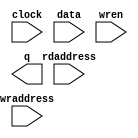
// megafunction wizard: %RAM: 2-PORT%VBB%
// GENERATION: STANDARD
// VERSION: WM1.0
// MODULE: altsyncram 

// ============================================================
// Megafunction Name(s):
// 			altsyncram
//
// Simulation Library Files(s):
// 			altera_mf
// ============================================================
// ************************************************************
// THIS IS A WIZARD-GENERATED FILE. DO NOT EDIT THIS FILE!
//
// 18.0.0 Build 614 04/24/2018 SJ Lite Edition
// ************************************************************

//Copyright (C) 2018  Intel Corporation. All rights reserved.
//Your use of Intel Corporation's design tools, logic functions 
//and other software and tools, and its AMPP partner logic 
//functions, and any output files from any of the foregoing 
//(including device programming or simulation files), and any 
//associated documentation or information are expressly subject 
//to the terms and conditions of the Intel Program License 
//Subscription Agreement, the Intel Quartus Prime License Agreement,
//the Intel FPGA IP License Agreement, or other applicable license
//agreement, including, without limitation, that your use is for
//the sole purpose of programming logic devices manufactured by
//Intel and sold by Intel or its authorized distributors.  Please
//refer to the applicable agreement for further details.

module ip_buffer (
	clock,
	data,
	rdaddress,
	wraddress,
	wren,
	q);

	input	  clock;
	input	[7:0]  data;
	input	[10:0]  rdaddress;
	input	[10:0]  wraddress;
	input	  wren;
	output	[7:0]  q;
`ifndef ALTERA_RESERVED_QIS
// synopsys translate_off
`endif
	tri1	  clock;
	tri0	  wren;
`ifndef ALTERA_RESERVED_QIS
// synopsys translate_on
`endif

endmodule

// ============================================================
// CNX file retrieval info
// ============================================================
// Retrieval info: PRIVATE: ADDRESSSTALL_A NUMERIC "0"
// Retrieval info: PRIVATE: ADDRESSSTALL_B NUMERIC "0"
// Retrieval info: PRIVATE: BYTEENA_ACLR_A NUMERIC "0"
// Retrieval info: PRIVATE: BYTEENA_ACLR_B NUMERIC "0"
// Retrieval info: PRIVATE: BYTE_ENABLE_A NUMERIC "0"
// Retrieval info: PRIVATE: BYTE_ENABLE_B NUMERIC "0"
// Retrieval info: PRIVATE: BYTE_SIZE NUMERIC "8"
// Retrieval info: PRIVATE: BlankMemory NUMERIC "0"
// Retrieval info: PRIVATE: CLOCK_ENABLE_INPUT_A NUMERIC "0"
// Retrieval info: PRIVATE: CLOCK_ENABLE_INPUT_B NUMERIC "0"
// Retrieval info: PRIVATE: CLOCK_ENABLE_OUTPUT_A NUMERIC "0"
// Retrieval info: PRIVATE: CLOCK_ENABLE_OUTPUT_B NUMERIC "0"
// Retrieval info: PRIVATE: CLRdata NUMERIC "0"
// Retrieval info: PRIVATE: CLRq NUMERIC "0"
// Retrieval info: PRIVATE: CLRrdaddress NUMERIC "0"
// Retrieval info: PRIVATE: CLRrren NUMERIC "0"
// Retrieval info: PRIVATE: CLRwraddress NUMERIC "0"
// Retrieval info: PRIVATE: CLRwren NUMERIC "0"
// Retrieval info: PRIVATE: Clock NUMERIC "0"
// Retrieval info: PRIVATE: Clock_A NUMERIC "0"
// Retrieval info: PRIVATE: Clock_B NUMERIC "0"
// Retrieval info: PRIVATE: IMPLEMENT_IN_LES NUMERIC "0"
// Retrieval info: PRIVATE: INDATA_ACLR_B NUMERIC "0"
// Retrieval info: PRIVATE: INDATA_REG_B NUMERIC "0"
// Retrieval info: PRIVATE: INIT_FILE_LAYOUT STRING "PORT_B"
// Retrieval info: PRIVATE: INIT_TO_SIM_X NUMERIC "0"
// Retrieval info: PRIVATE: INTENDED_DEVICE_FAMILY STRING "Cyclone IV E"
// Retrieval info: PRIVATE: JTAG_ENABLED NUMERIC "0"
// Retrieval info: PRIVATE: JTAG_ID STRING "NONE"
// Retrieval info: PRIVATE: MAXIMUM_DEPTH NUMERIC "0"
// Retrieval info: PRIVATE: MEMSIZE NUMERIC "16384"
// Retrieval info: PRIVATE: MEM_IN_BITS NUMERIC "0"
// Retrieval info: PRIVATE: MIFfilename STRING "../ip_packet.hex"
// Retrieval info: PRIVATE: OPERATION_MODE NUMERIC "2"
// Retrieval info: PRIVATE: OUTDATA_ACLR_B NUMERIC "0"
// Retrieval info: PRIVATE: OUTDATA_REG_B NUMERIC "0"
// Retrieval info: PRIVATE: RAM_BLOCK_TYPE NUMERIC "0"
// Retrieval info: PRIVATE: READ_DURING_WRITE_MODE_MIXED_PORTS NUMERIC "2"
// Retrieval info: PRIVATE: READ_DURING_WRITE_MODE_PORT_A NUMERIC "3"
// Retrieval info: PRIVATE: READ_DURING_WRITE_MODE_PORT_B NUMERIC "3"
// Retrieval info: PRIVATE: REGdata NUMERIC "1"
// Retrieval info: PRIVATE: REGq NUMERIC "1"
// Retrieval info: PRIVATE: REGrdaddress NUMERIC "1"
// Retrieval info: PRIVATE: REGrren NUMERIC "1"
// Retrieval info: PRIVATE: REGwraddress NUMERIC "1"
// Retrieval info: PRIVATE: REGwren NUMERIC "1"
// Retrieval info: PRIVATE: SYNTH_WRAPPER_GEN_POSTFIX STRING "0"
// Retrieval info: PRIVATE: USE_DIFF_CLKEN NUMERIC "0"
// Retrieval info: PRIVATE: UseDPRAM NUMERIC "1"
// Retrieval info: PRIVATE: VarWidth NUMERIC "0"
// Retrieval info: PRIVATE: WIDTH_READ_A NUMERIC "8"
// Retrieval info: PRIVATE: WIDTH_READ_B NUMERIC "8"
// Retrieval info: PRIVATE: WIDTH_WRITE_A NUMERIC "8"
// Retrieval info: PRIVATE: WIDTH_WRITE_B NUMERIC "8"
// Retrieval info: PRIVATE: WRADDR_ACLR_B NUMERIC "0"
// Retrieval info: PRIVATE: WRADDR_REG_B NUMERIC "0"
// Retrieval info: PRIVATE: WRCTRL_ACLR_B NUMERIC "0"
// Retrieval info: PRIVATE: enable NUMERIC "0"
// Retrieval info: PRIVATE: rden NUMERIC "0"
// Retrieval info: LIBRARY: altera_mf altera_mf.altera_mf_components.all
// Retrieval info: CONSTANT: ADDRESS_ACLR_B STRING "NONE"
// Retrieval info: CONSTANT: ADDRESS_REG_B STRING "CLOCK0"
// Retrieval info: CONSTANT: CLOCK_ENABLE_INPUT_A STRING "BYPASS"
// Retrieval info: CONSTANT: CLOCK_ENABLE_INPUT_B STRING "BYPASS"
// Retrieval info: CONSTANT: CLOCK_ENABLE_OUTPUT_B STRING "BYPASS"
// Retrieval info: CONSTANT: INIT_FILE STRING "../ip_packet.hex"
// Retrieval info: CONSTANT: INTENDED_DEVICE_FAMILY STRING "Cyclone IV E"
// Retrieval info: CONSTANT: LPM_TYPE STRING "altsyncram"
// Retrieval info: CONSTANT: NUMWORDS_A NUMERIC "2048"
// Retrieval info: CONSTANT: NUMWORDS_B NUMERIC "2048"
// Retrieval info: CONSTANT: OPERATION_MODE STRING "DUAL_PORT"
// Retrieval info: CONSTANT: OUTDATA_ACLR_B STRING "NONE"
// Retrieval info: CONSTANT: OUTDATA_REG_B STRING "UNREGISTERED"
// Retrieval info: CONSTANT: POWER_UP_UNINITIALIZED STRING "FALSE"
// Retrieval info: CONSTANT: READ_DURING_WRITE_MODE_MIXED_PORTS STRING "DONT_CARE"
// Retrieval info: CONSTANT: WIDTHAD_A NUMERIC "11"
// Retrieval info: CONSTANT: WIDTHAD_B NUMERIC "11"
// Retrieval info: CONSTANT: WIDTH_A NUMERIC "8"
// Retrieval info: CONSTANT: WIDTH_B NUMERIC "8"
// Retrieval info: CONSTANT: WIDTH_BYTEENA_A NUMERIC "1"
// Retrieval info: USED_PORT: clock 0 0 0 0 INPUT VCC "clock"
// Retrieval info: USED_PORT: data 0 0 8 0 INPUT NODEFVAL "data[7..0]"
// Retrieval info: USED_PORT: q 0 0 8 0 OUTPUT NODEFVAL "q[7..0]"
// Retrieval info: USED_PORT: rdaddress 0 0 11 0 INPUT NODEFVAL "rdaddress[10..0]"
// Retrieval info: USED_PORT: wraddress 0 0 11 0 INPUT NODEFVAL "wraddress[10..0]"
// Retrieval info: USED_PORT: wren 0 0 0 0 INPUT GND "wren"
// Retrieval info: CONNECT: @address_a 0 0 11 0 wraddress 0 0 11 0
// Retrieval info: CONNECT: @address_b 0 0 11 0 rdaddress 0 0 11 0
// Retrieval info: CONNECT: @clock0 0 0 0 0 clock 0 0 0 0
// Retrieval info: CONNECT: @data_a 0 0 8 0 data 0 0 8 0
// Retrieval info: CONNECT: @wren_a 0 0 0 0 wren 0 0 0 0
// Retrieval info: CONNECT: q 0 0 8 0 @q_b 0 0 8 0
// Retrieval info: GEN_FILE: TYPE_NORMAL ip_buffer.v TRUE
// Retrieval info: GEN_FILE: TYPE_NORMAL ip_buffer.inc FALSE
// Retrieval info: GEN_FILE: TYPE_NORMAL ip_buffer.cmp FALSE
// Retrieval info: GEN_FILE: TYPE_NORMAL ip_buffer.bsf TRUE
// Retrieval info: GEN_FILE: TYPE_NORMAL ip_buffer_inst.v TRUE
// Retrieval info: GEN_FILE: TYPE_NORMAL ip_buffer_bb.v TRUE
// Retrieval info: LIB_FILE: altera_mf